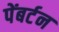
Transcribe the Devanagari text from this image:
पेंबर्टन